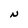
Character: N